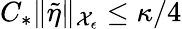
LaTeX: C_{*}\| \tilde{\eta}\| _{\mathcal{X}_{\epsilon}}\le\kappa/4